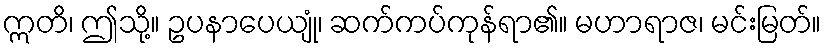
ဣတိ၊ ဤသို့။ ဥပနာပေယျုံ၊ ဆက်ကပ်ကုန်ရာ၏။ မဟာရာဇ၊ မင်းမြတ်။